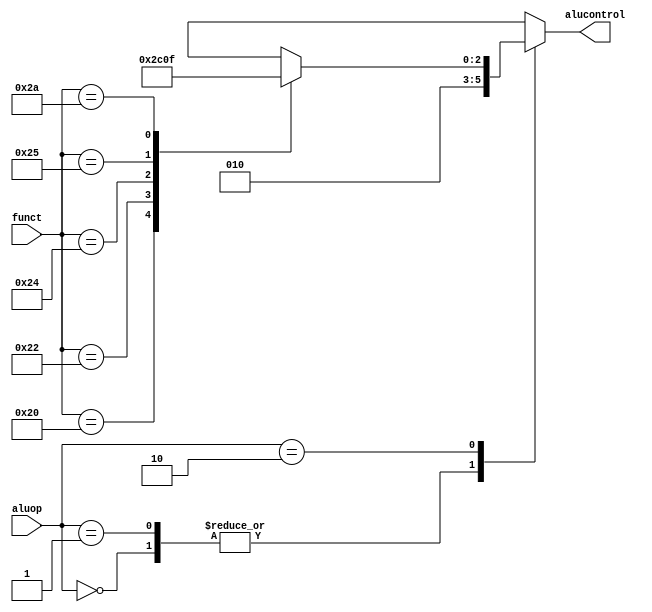
module aludec(input      [5:0] funct,
              input      [1:0] aluop,
              output reg [2:0] alucontrol);
    always @( * )
    case(aluop)
      3'b000: alucontrol <= 3'b010;  
      3'b001: alucontrol <= 3'b010;  
      3'b010: case(funct)           
          6'b100000: alucontrol <= 3'b010; 
          6'b100010: alucontrol <= 3'b110; 
          6'b100100: alucontrol <= 3'b000; 
          6'b100101: alucontrol <= 3'b001; 
          6'b101010: alucontrol <= 3'b111; 
          default:   alucontrol <= 3'bxxx; 
        endcase
		default: alucontrol <= 3'bxxx; 
    endcase
endmodule